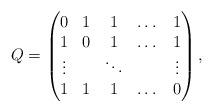
LaTeX: \begin{align*}Q = \begin{pmatrix}0 & 1 & 1 & \dots & 1 \\1 & 0 & 1 & \dots & 1 \\\vdots & & \ddots & & \vdots \\1 & 1 & 1 & \dots & 0\end{pmatrix},\end{align*}